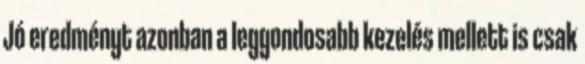
Jó eredményt azonban a leggondosabb kezelés mellett is csak